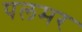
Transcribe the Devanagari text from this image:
पलमर